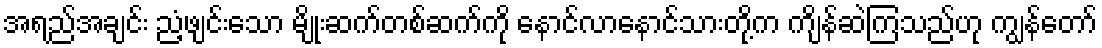
အရည်အချင်း ညံ့ဖျင်းသော မျိုးဆက်တစ်ဆက်ကို နောင်လာနောင်သားတို့က ကျိန်ဆဲကြသည်ဟု ကျွန်တော်